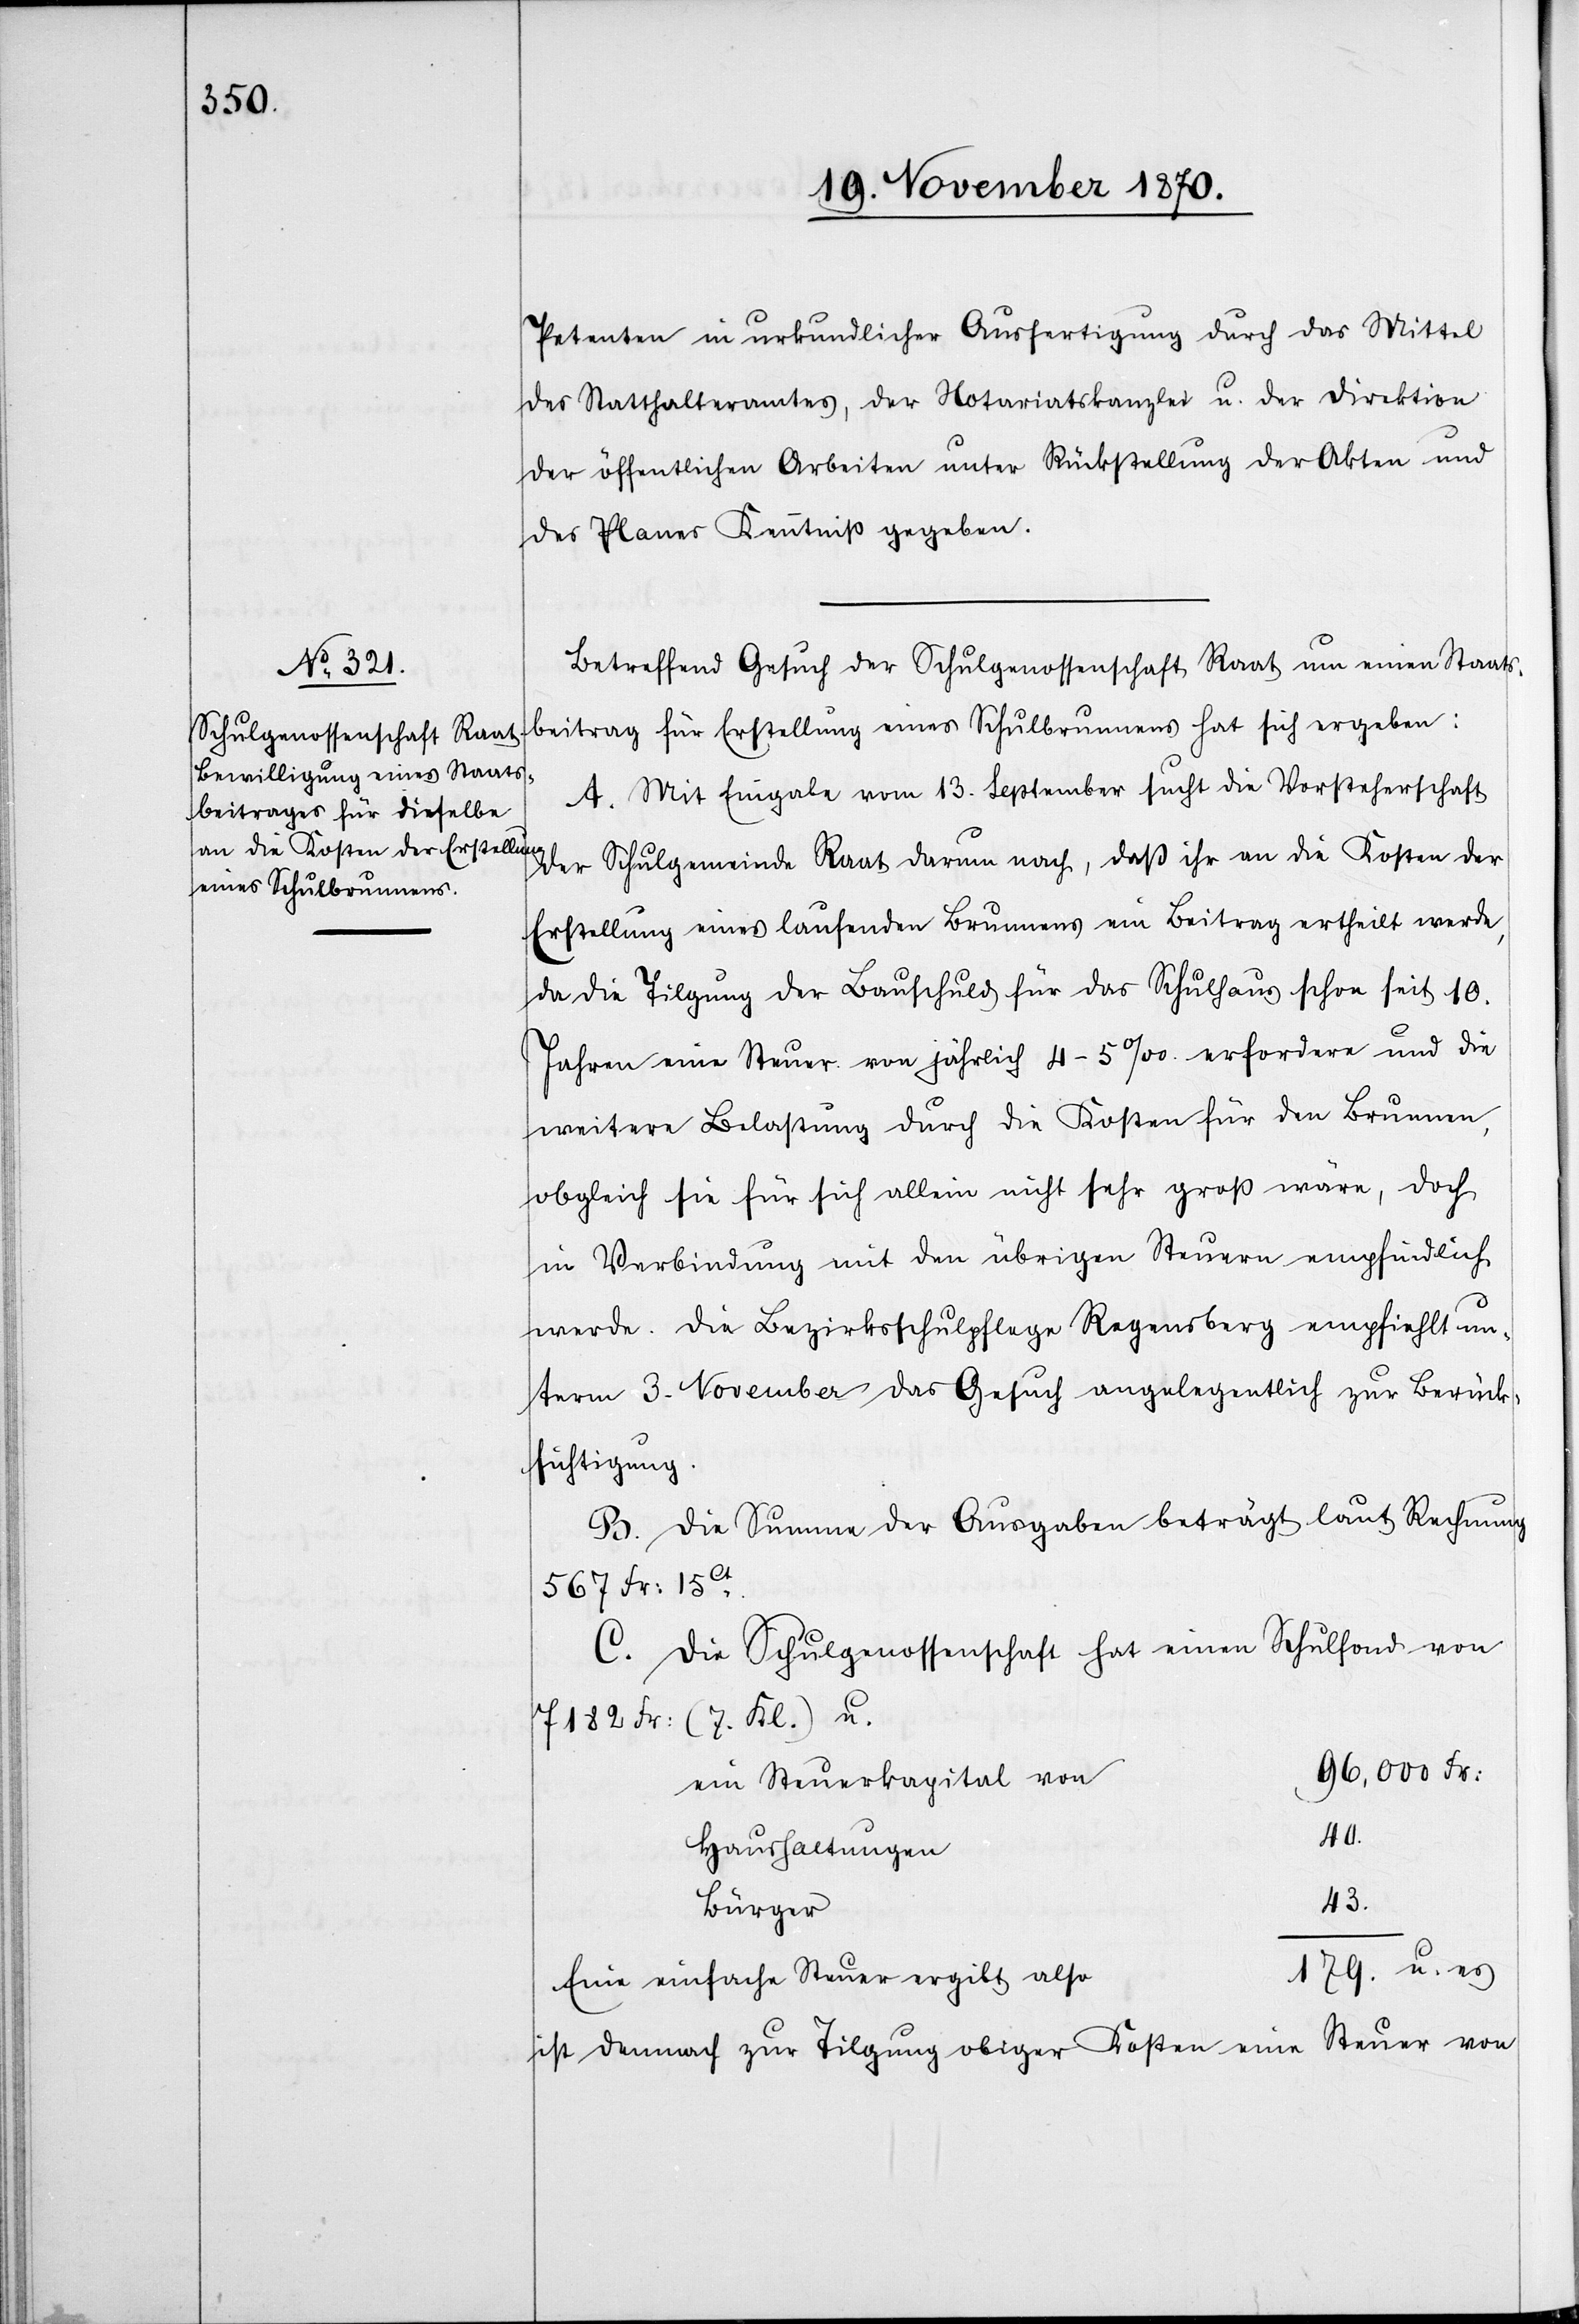
Petenten in urkundlicher Ausfertigung durch das Mittel
des Statthalteramtes, der Notariatskanzlei u. der Direktion
der öffentlichen Arbeiten unter Rückstellung der Akten und
des Planes Kenntniß gegeben.
Betreffend das Gesuch der Schulgenossenschaft Raat um einen Staatsb¬
A. Mit Eingabe vom 13. September sucht die Vorsteherschaft
der Schulgemeinde Raat darum nach, daß ihr an die Kosten der
eines Schulbrunnens
Erstellung eines laufenden Brunnens ein Beitrag ertheilt werde,
da die Tilgung der Bauschuld für das Schulhaus schon seit 10.
Jahren eine Steuer von jährlich 4–5‰ erfordere und die
weitere Belastung durch die Kosten für den Brunnen,
obgleich sie für sich allein nicht sehr groß wäre, doch
in Verbindung mit den übrigen Steuern empfindlich
werde. Die Bezirksschulpflege Regensberg empfiehlt un¬
term 3. November das Gesuch angelegentlich zur Berück¬
sichtigung.
B. Die Summe der Ausgaben beträgt laut Rechnung
567 Fr: 15Ct.
C. Die Schulgenossenschaft hat einen Schulfond von
7182 Fr: (7. Kl.) u.
96,000 Fr:
ein Steuerkapital von
40.
Haushaltungen
43.
Bürger
179. u. es
Eine einfache Steuer ergibt also
ist demnach zur Tilgung obiger Kosten eine Steuer von